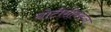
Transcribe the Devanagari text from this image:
नोटीसीवरुन